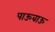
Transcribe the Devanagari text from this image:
पाऊवाऊ